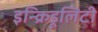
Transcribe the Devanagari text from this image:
इन्क्रिडूलिटी